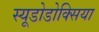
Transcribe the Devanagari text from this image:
स्यूडोडोक्सिया